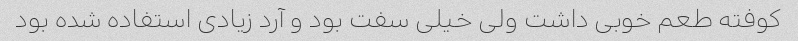
کوفته طعم خوبی داشت ولی خیلی سفت بود و آرد زیادی استفاده شده بود